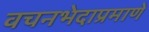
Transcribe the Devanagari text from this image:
वचनभेदाप्रमाणे